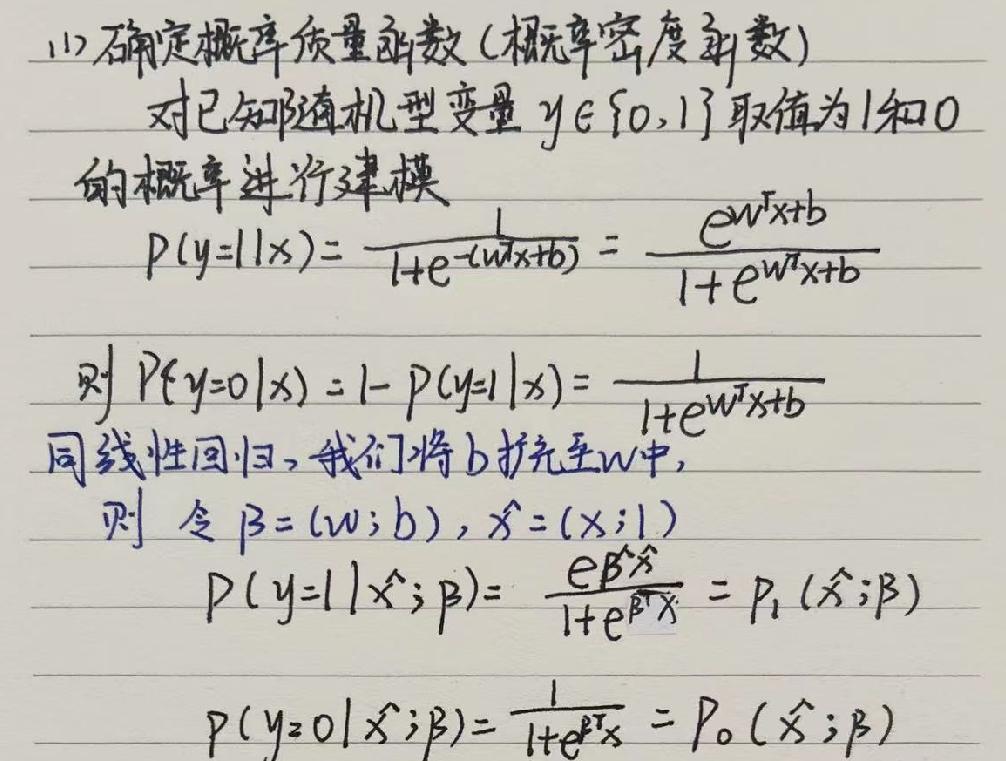
1. 确定概率质量函数（概率密度函数）
   - 对已知随机型变量 \(y\in\{0,1\}\) 取值为 1 和 0 的概率进行建模：
     - \(P(y = 1|x)=\frac{1}{1 + e^{-(w^{T}x + b)}}=\frac{e^{w^{T}x + b}}{1+e^{w^{T}x + b}}\)
     - 则 \(P(y = 0|x)=1 - P(y = 1|x)=\frac{1}{1+e^{w^{T}x + b}}\)
     - 同线性回归，我们将 \(b\) 扩充至 \(w\) 中，令 \(\beta=(w;b)\)，\(\hat{x}=(x;1)\)
       - \(P(y = 1|\hat{x};\beta)=\frac{e^{\beta^{T}\hat{x}}}{1 + e^{\beta^{T}\hat{x}}}=P_1(\hat{x};\beta)\)
       - \(P(y = 0|\hat{x};\beta)=\frac{1}{1+e^{\beta^{T}\hat{x}}}=P_0(\hat{x};\beta)\)